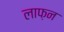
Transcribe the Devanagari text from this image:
लाफ़न